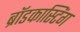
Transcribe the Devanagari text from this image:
ब्राॅडकास्टिंग